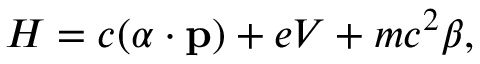
H = c ( { \boldsymbol { \alpha } } \cdot \mathbf { p } ) + e V + m c ^ { 2 } \beta ,